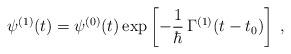
LaTeX: \begin{align*}\psi^{(1)}(t) = \psi^{(0)}(t) \exp\left[ -\frac{1}{\hbar}\, \Gamma^{(1)}(t - t_0)\right] \;,\end{align*}